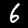
Label: 6